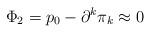
LaTeX: \begin{align*}\Phi _2=p_0-\partial ^k\pi _k\approx 0\end{align*}